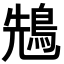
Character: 𪀷